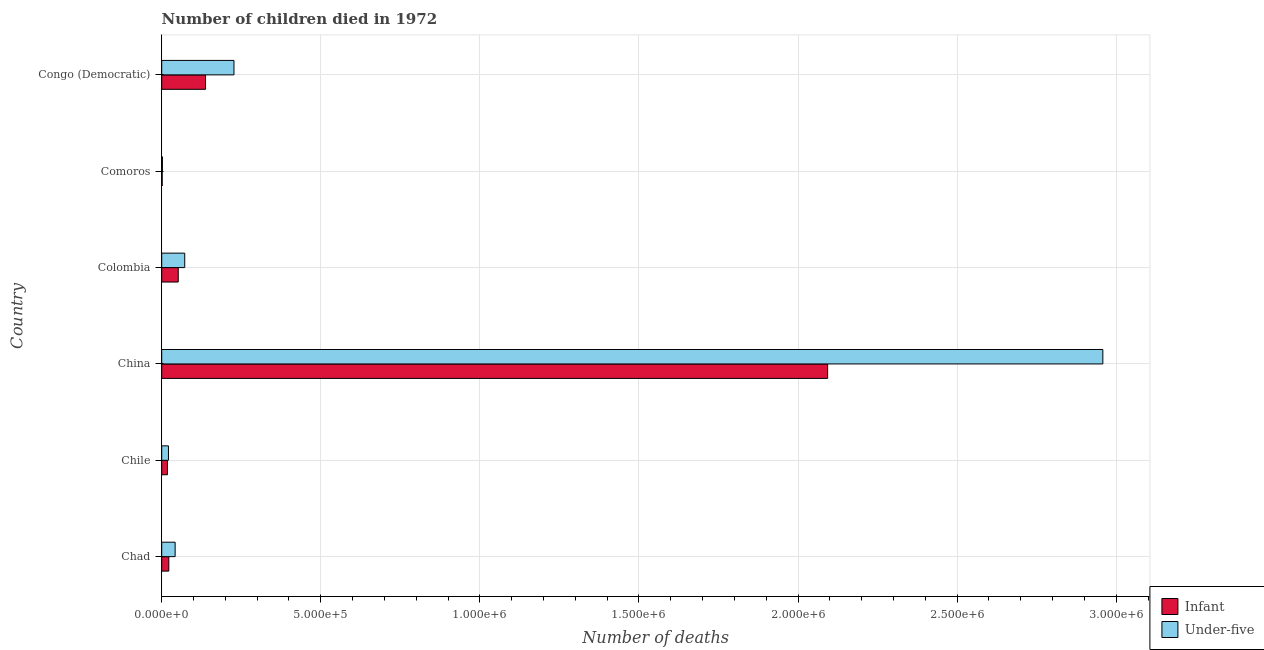
| Country | Infant | Under-five |
 | --- | --- | --- |
 | Chad | 2.23e+04 | 4.22e+04 |
 | Chile | 1.8e+04 | 2.12e+04 |
 | China | 2.09e+06 | 2.96e+06 |
 | Colombia | 5.2e+04 | 7.24e+04 |
 | Comoros | 1.49e+03 | 2.23e+03 |
 | Congo (Democratic) | 1.38e+05 | 2.27e+05 |